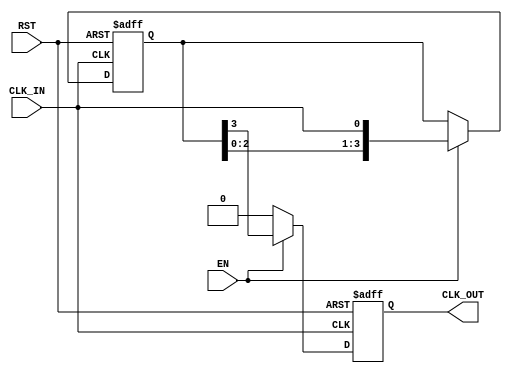
module DelayClockBuffer #(
    parameter DELAY_CYCLES = 4 // Adjustable parameter for delay in clock cycles
)(
    input wire CLK_IN,          // Input clock signal
    input wire EN,             // Enable signal
    input wire RST,            // Asynchronous reset signal
    output reg CLK_OUT         // Output clock signal
);

    // Internal signal to hold the delayed clock
    reg [DELAY_CYCLES-1:0] delay_reg;

    // Asynchronous reset and clock delay logic
    always @(posedge CLK_IN or posedge RST) begin
        if (RST) begin
            // Reset the delay register and output clock
            delay_reg <= {DELAY_CYCLES{1'b0}};
            CLK_OUT <= 1'b0;
        end else if (EN) begin
            // Shift the clock signal into the delay register
            delay_reg <= {delay_reg[DELAY_CYCLES-2:0], CLK_IN};
            // Output the last clock signal from the delay register
            CLK_OUT <= delay_reg[DELAY_CYCLES-1];
        end else begin
            // If not enabled, hold the output clock low
            CLK_OUT <= 1'b0;
        end
    end

endmodule